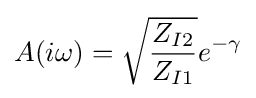
A(i\omega )={\sqrt {\frac {Z_{I2}}{Z_{I1}}}}e^{-\gamma }